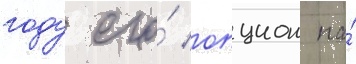
году его́ опцион на́